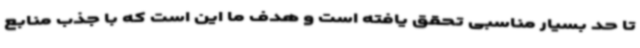
تا حد بسیار مناسبی تحقق یافته است و هدف ما این است که با جذب منابع